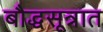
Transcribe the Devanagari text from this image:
बौद्धसूत्रात